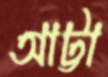
আট্টা